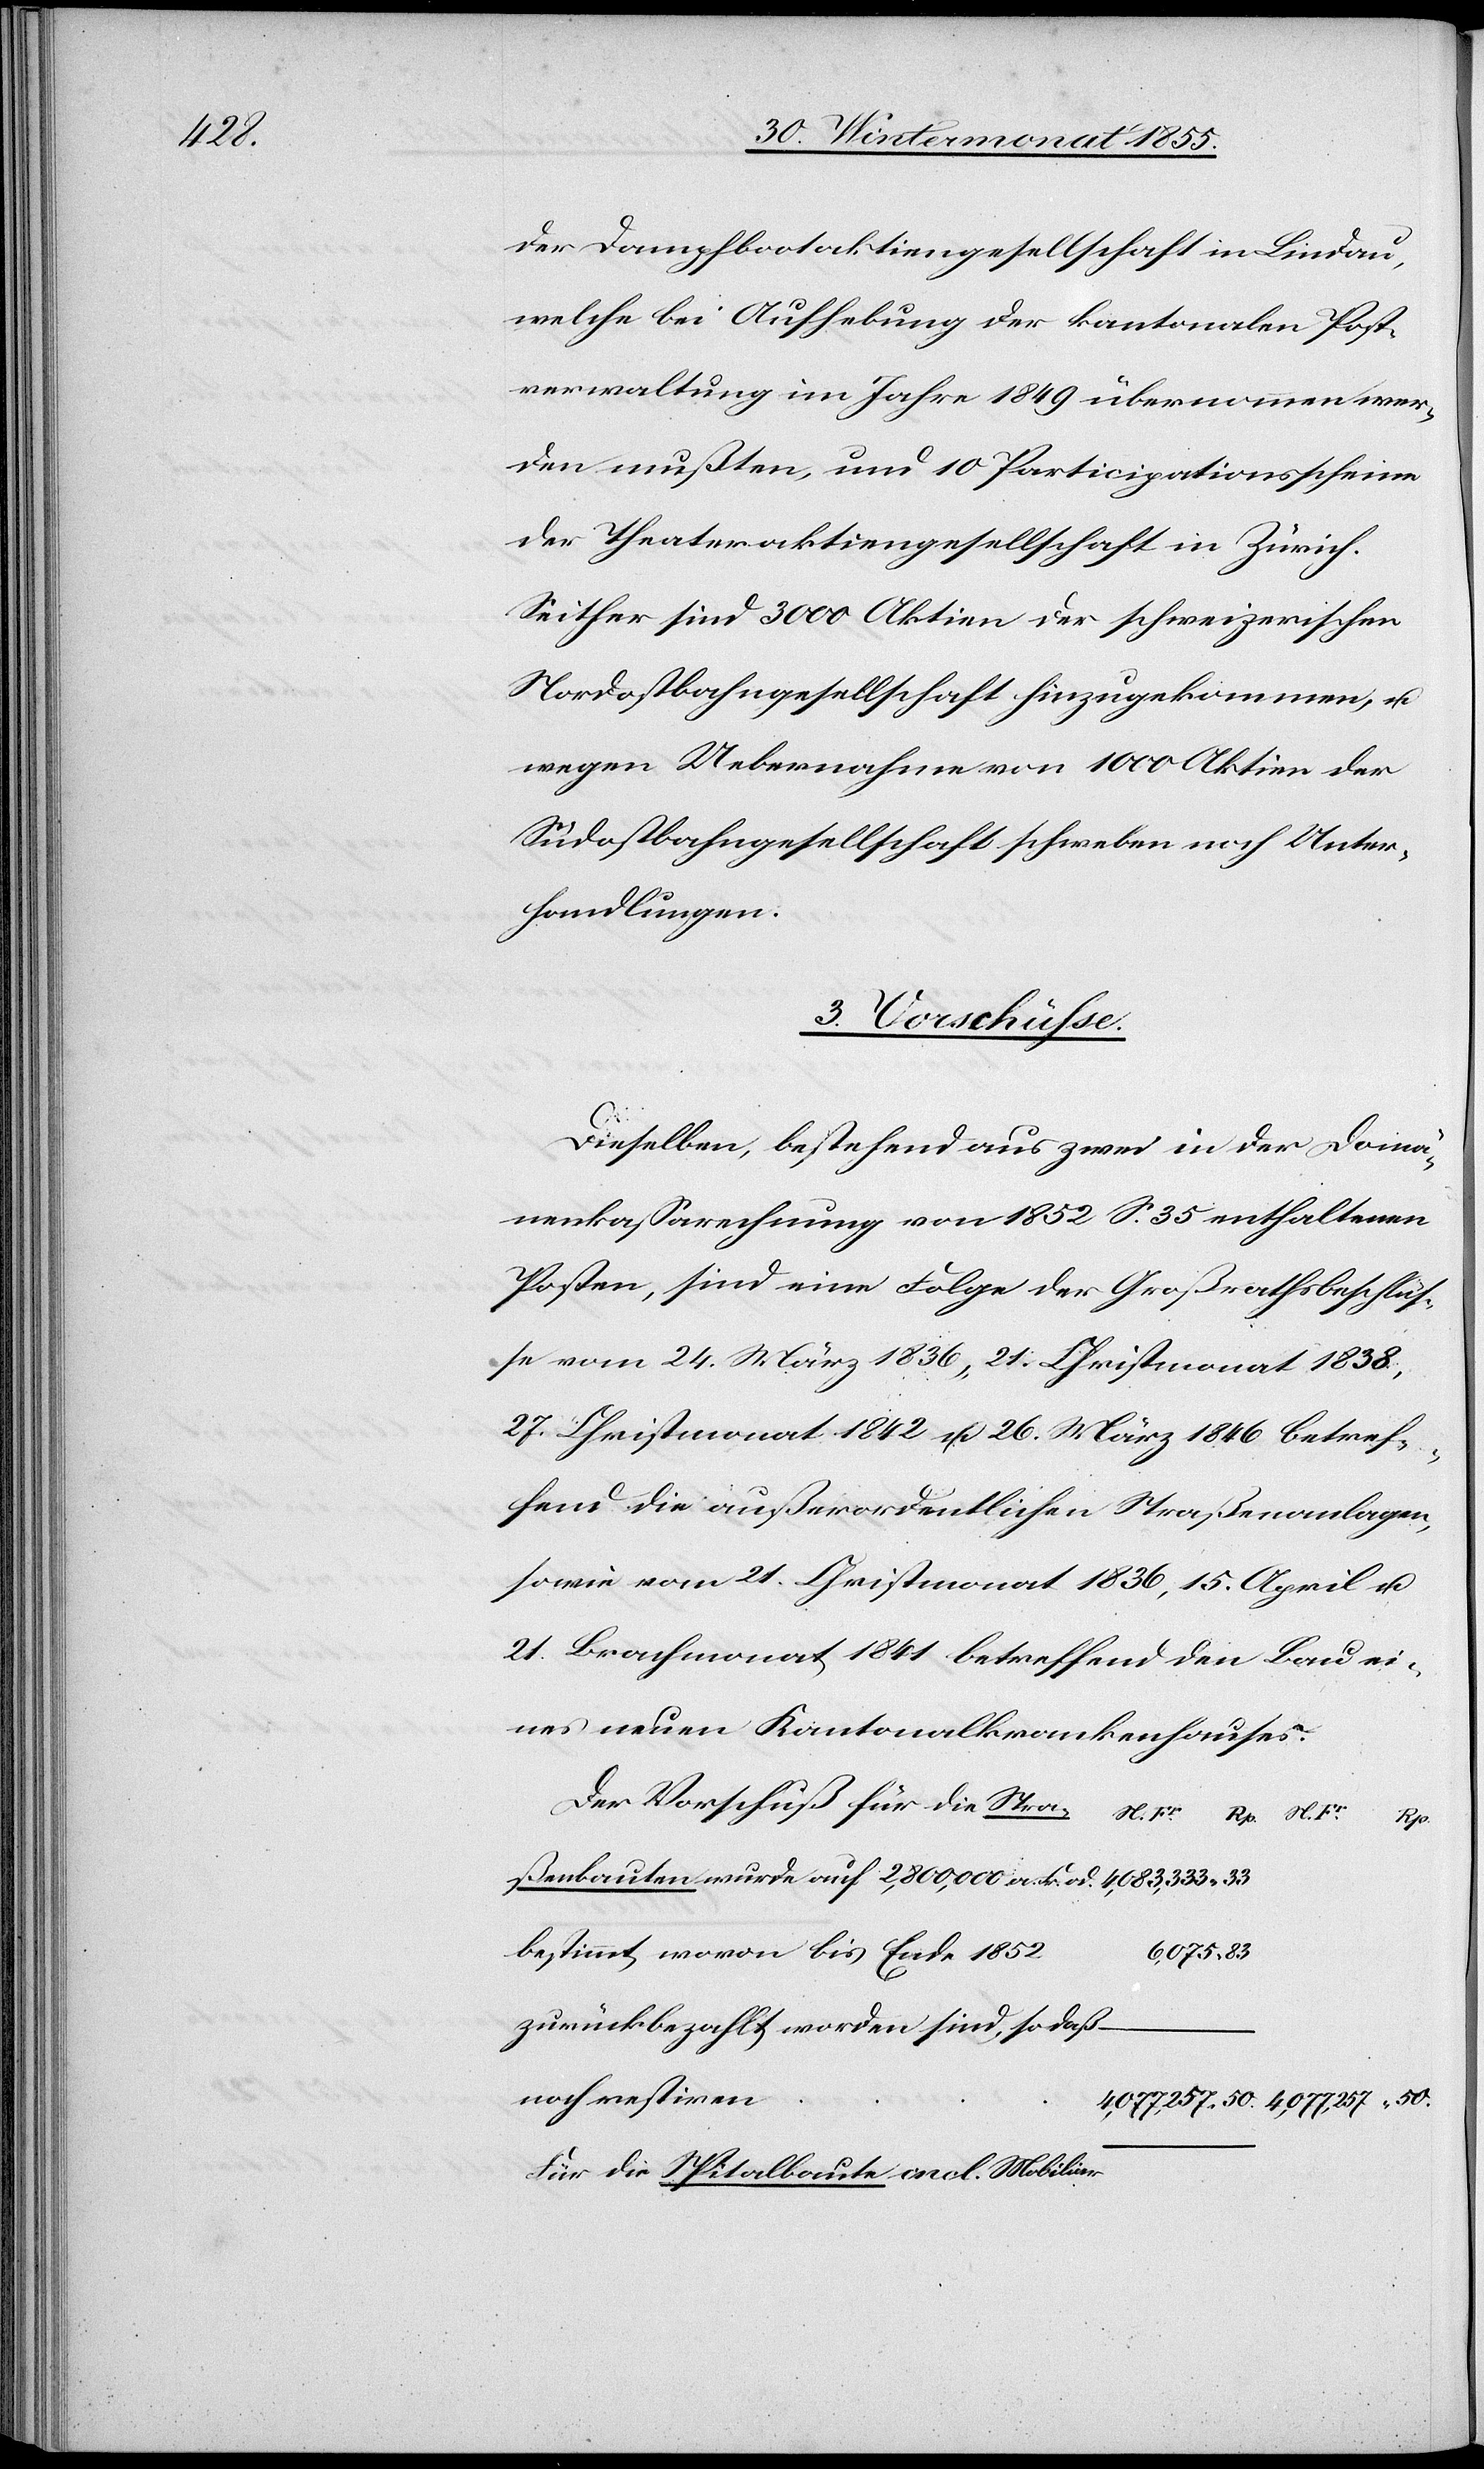
50.

der Dampfbootaktiengesellschaft in Lindau,
welche bei Aufhebung der kantonalen Post¬
verwaltung im Jahre 1849 übernommen wer¬
den mußten, und 10 Participationsscheine
der Theateraktiengesellschaft in Zürich.
Seither sind 3000 Aktien der schweizerischen
Nordostbahngesellschaft hinzugekommen, u.
wegen Uebernahme von 1000 Aktien der
Südostbahngesellschaft schweben noch Unter¬
handlungen.
3. Vorschüsse.
Dieselben, bestehend aus zwei in der Domä¬
nenkassarechnung von 1852 S. 35 enthaltenen
Posten, sind eine Folge der Großrathsbeschlüs¬
se vom 24. März 1836, 21. Christmonat 1838,
27. Christmonat 1842 u. 26. März 1846 betref¬
fend die außerordentlichen Straßenanlagen,
sowie vom 21. Christmonat 1836, 15. April u.
21. Brachmonat 1841 betreffend den Bau ei¬
nes neuen Kantonalkrankenhauses.
Der Vorschuß für die Straßenbauten wurde auf
a.
bestimmt, wovon bis Ende 1852
6,075.
zurückbezahlt worden sind, so daß
noch restiren
Für die Spitalbaute incl. Mobiliar